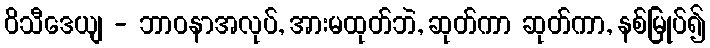
ဝိသီဒေယျ - ဘာဝနာအလုပ်, အားမထုတ်ဘဲ, ဆုတ်ကာ ဆုတ်ကာ, နစ်မြုပ်၍